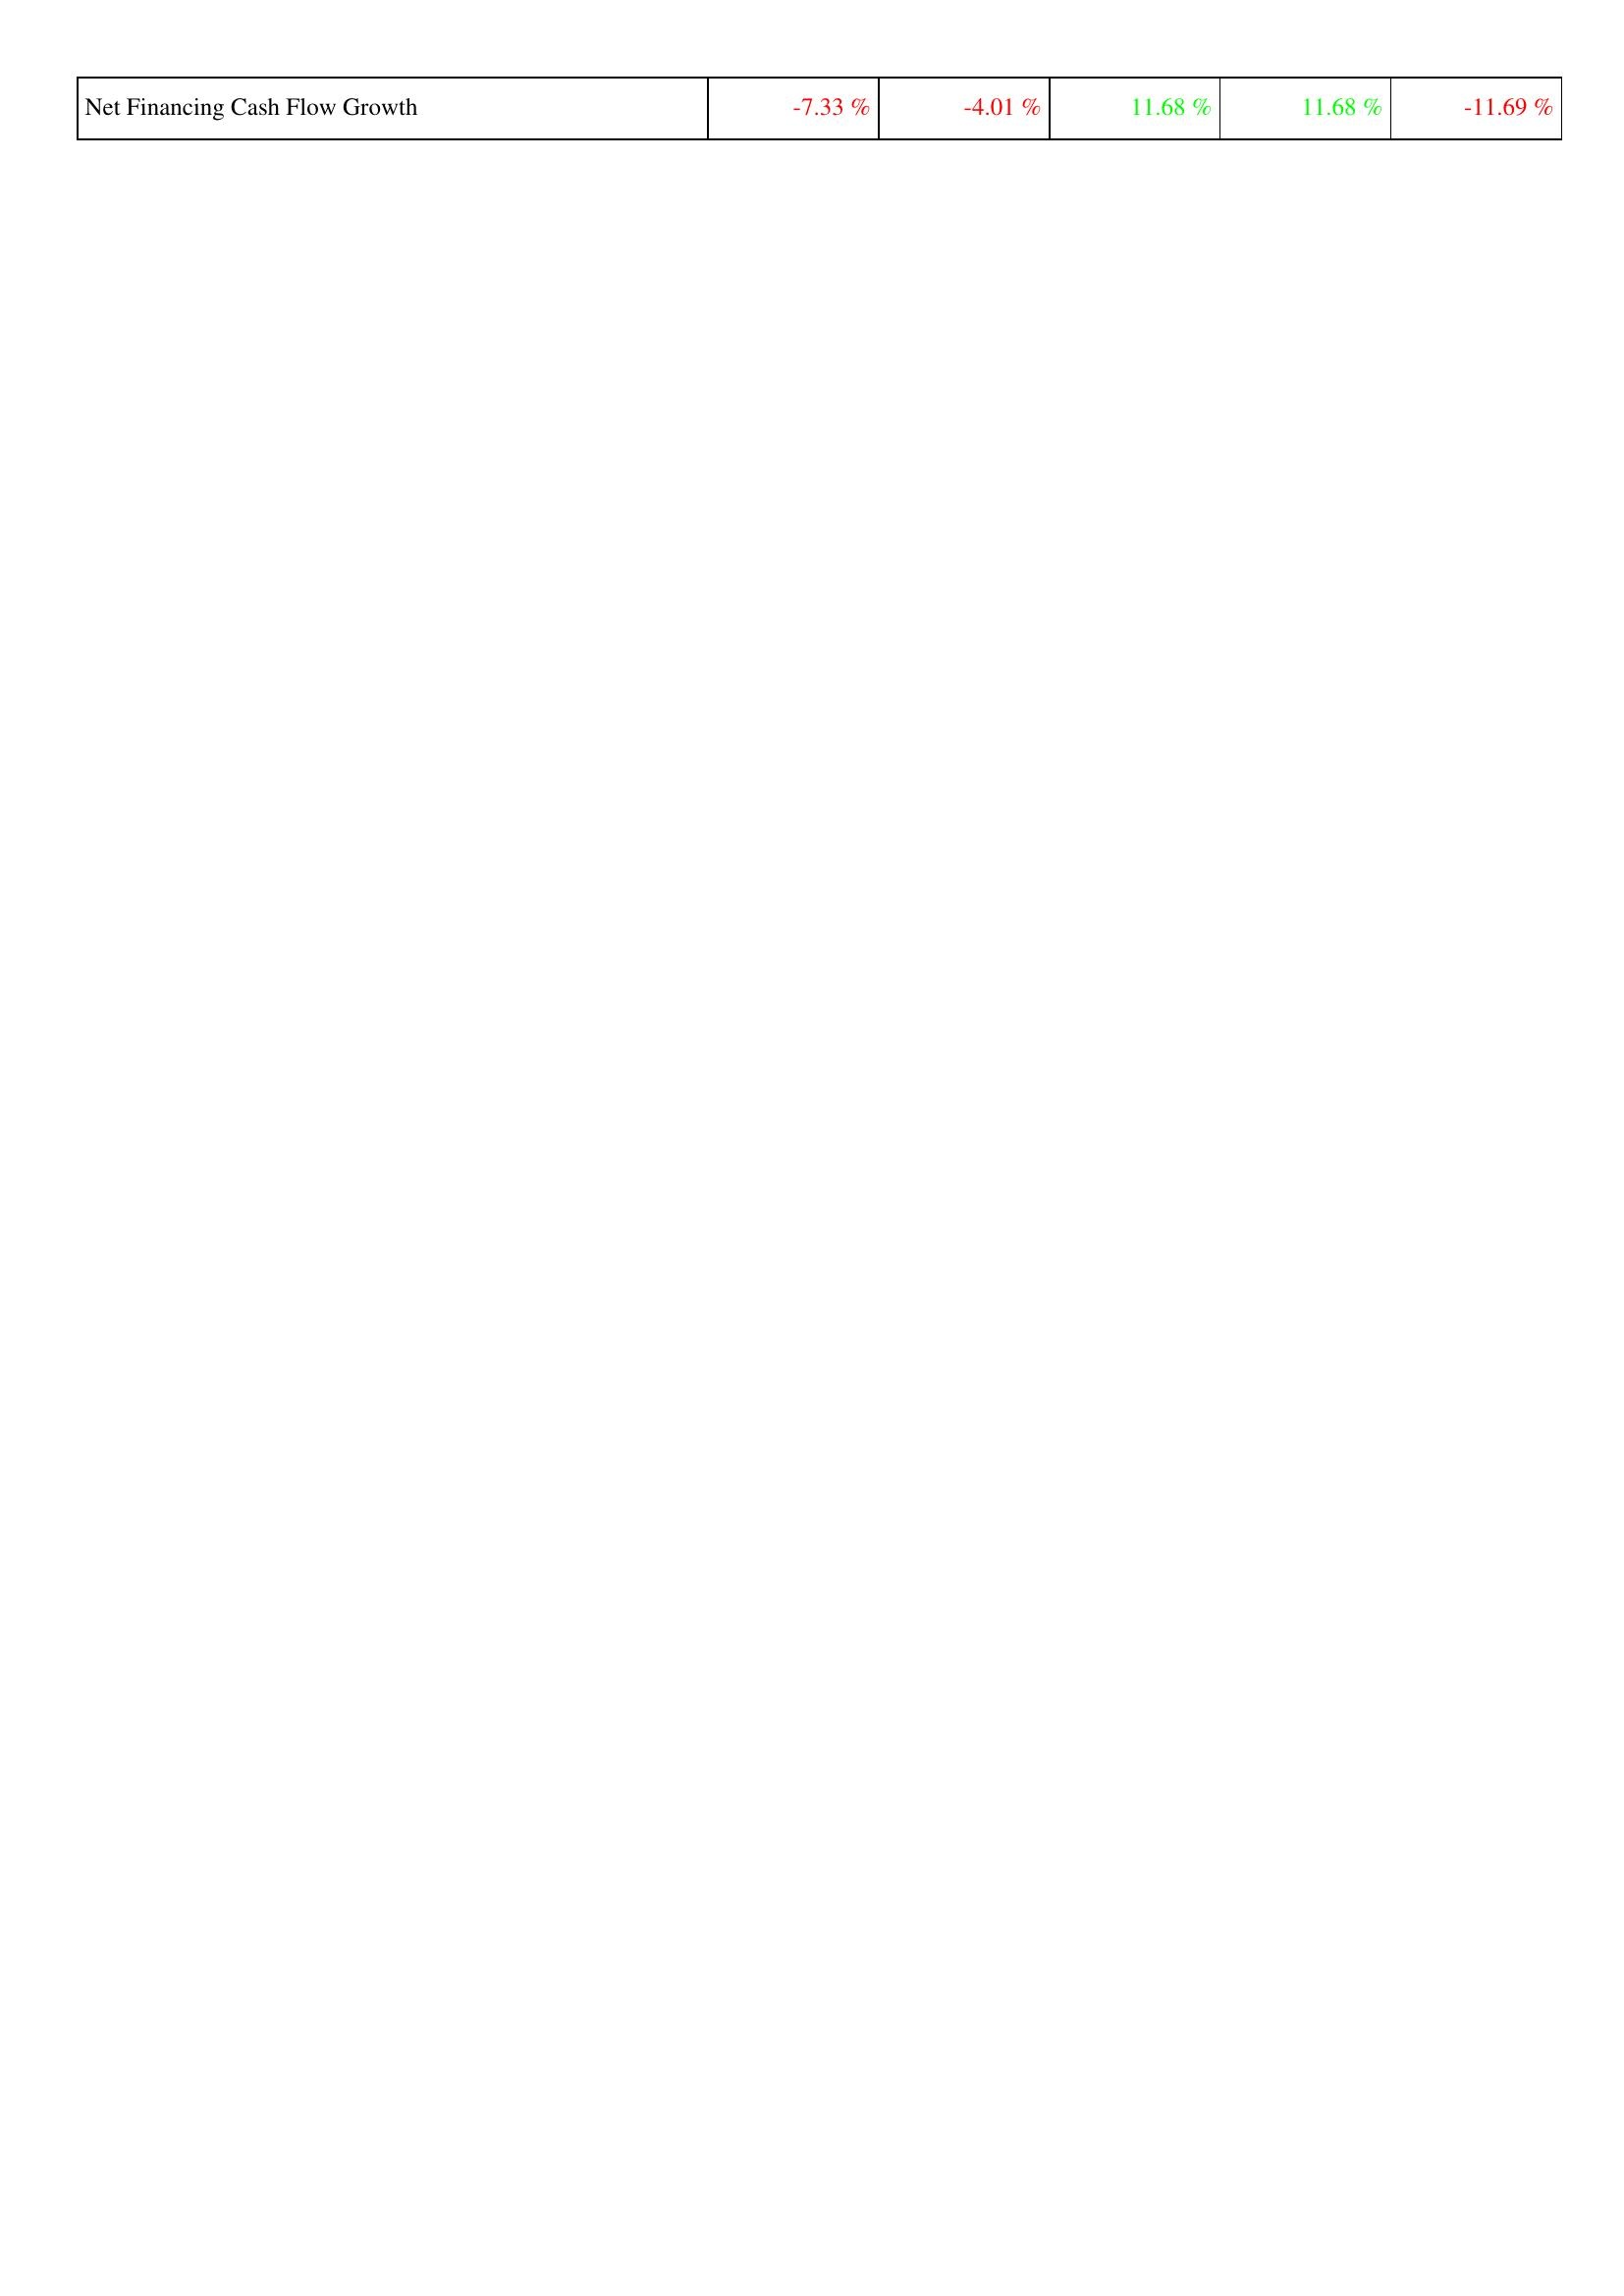
2010: Financing Activities: Net Financing Cash Flow Growth: -7.33 %
2011: Financing Activities: Net Financing Cash Flow Growth: -4.01 %
2012: Financing Activities: Net Financing Cash Flow Growth: 11.68 %
2013: Financing Activities: Net Financing Cash Flow Growth: 11.68 %
2014: Financing Activities: Net Financing Cash Flow Growth: -11.69 %